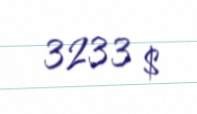
3233 $